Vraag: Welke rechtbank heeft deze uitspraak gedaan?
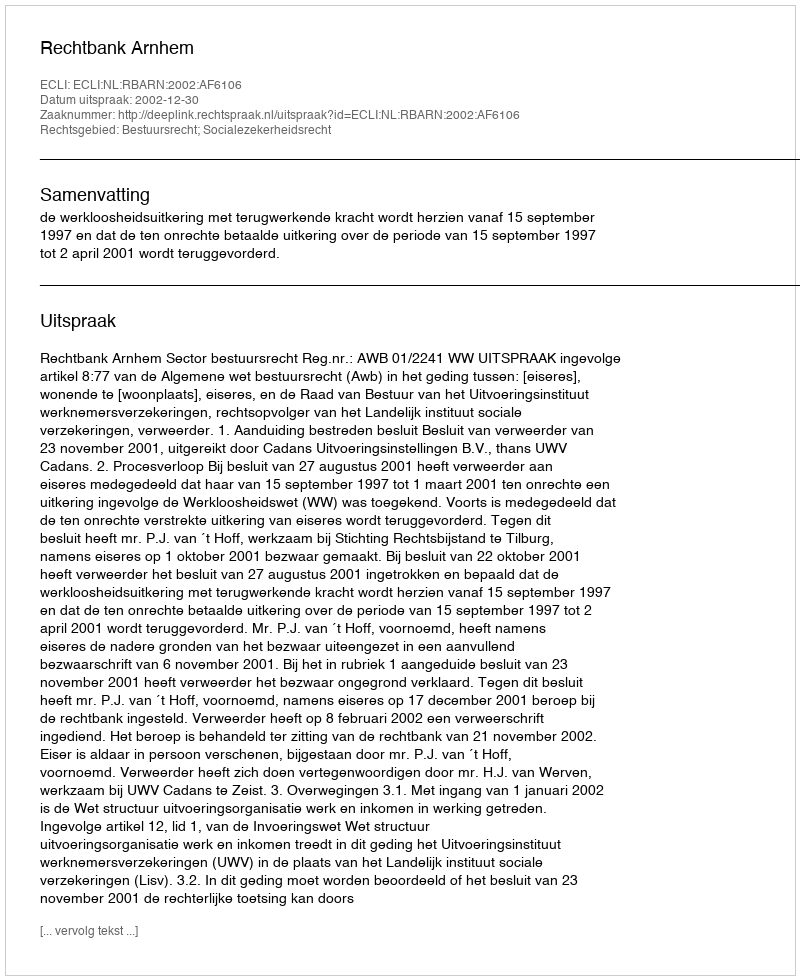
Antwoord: Rechtbank Arnhem